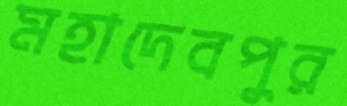
মহাদেবপুর